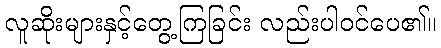
လူဆိုးများနှင့်တွေ့ကြခြင်း လည်းပါဝင်ပေ၏။